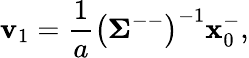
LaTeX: \mathbf{v}_{1}=\frac{1}{a}\left(\mathbf{\Sigma}^{--}\right)^{-1}\mathbf{x}_{0}^{-},